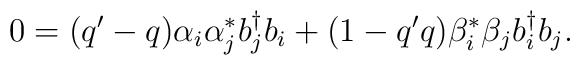
0 = ( q^{\prime} - q ) \alpha_{i} \alpha_{j}^* b_j^{\dagger} b_i + ( 1 -q^{\prime} q ) \beta_{i}^* \beta_{j} b_i^{\dagger} b_j.